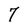
Character: 7